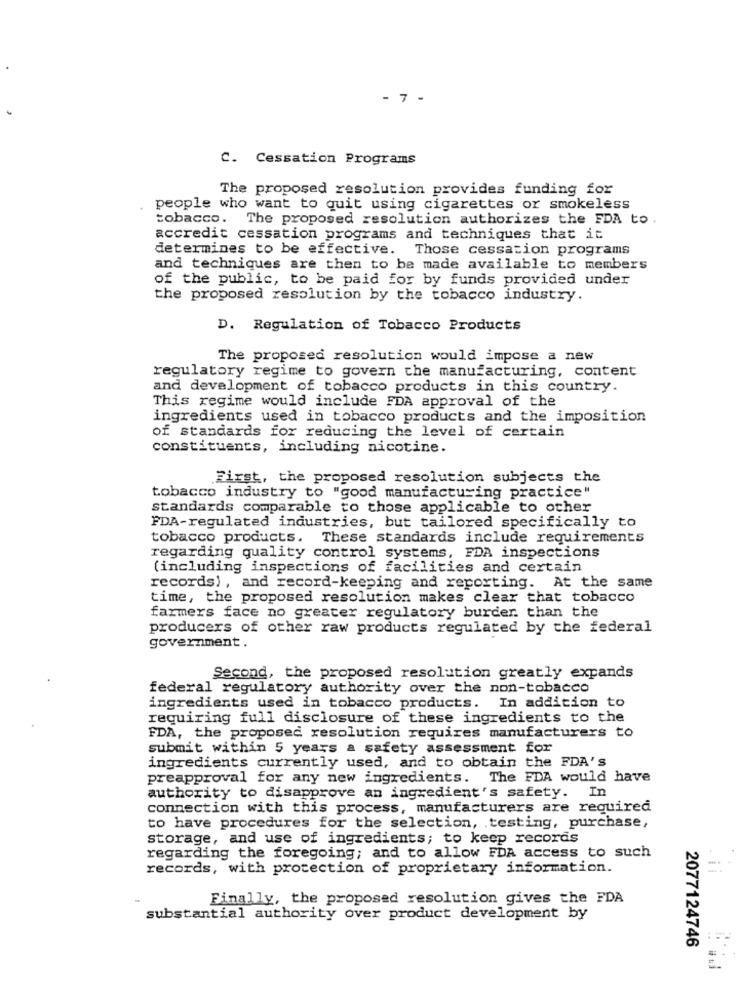
- 7 -
C. Cessation Programs
The proposed resolution provides funding for
people who want to quit using cigarettes or smokeless
tobacco.
The proposed resolution authorizes the FDA to .
accredit cessation programs and techniques that it
determines to be effective. Those cessation programs
and techniques are then to be made available to members
of the public, to be paid for by funds provided under
the proposed resolution by the tobacco industry.
D. Regulation of Tobacco Products
The proposed resolution would impose a new
regulatory regime to govern the manufacturing, content
and development of tobacco products in this country.
This regime would include FDA approval of the
ingredients used in tobacco products and the imposition
of standards for reducing the level of certain
constituents, including nicotine.
First, the proposed resolution subjects the
tobacco industry to "good manufacturing practice"
standards comparable to those applicable to other
FDA-regulated industries, but tailored specifically to
tobacco products. These standards include requirements
regarding quality control systems, FDA inspections
(including inspections of facilities and certain
records) , and record-keeping and reporting. At the same
time, the proposed resolution makes clear that tobacco
farmers face no greater regulatory burder than the
producers of other raw products regulated by the federal
government.
Second, the proposed resolution greatly expands
federal regulatory authority over the non-tobacco
ingredients used in tobacco products. In addition to
requiring full disclosure of these ingredients to the
FDA, the proposed resolution requires manufacturers to
submit within 5 years a safety assessment for
ingredients currently used, and to obtain the FDA's
preapproval for any new ingredients. The FDA would have
authority to disapprove an ingredient's safety. In
connection with this process, manufacturers are required
to have procedures for the selection, testing, purchase,
storage, and use of ingredients; to keep records
regarding the foregoing; and to allow FDA access to such
records, with protection of proprietary information.
Finally, the proposed resolution gives the FDA
substantial authority over product development by
2077124746